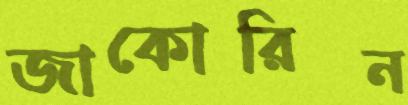
জাকোরিন